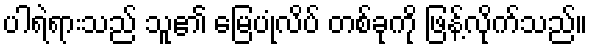
ပါရဲရားသည် သူ၏ မြေပုံလိပ် တစ်ခုကို ဖြန့်လိုက်သည်။